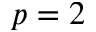
p = 2